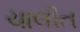
ચાલીત